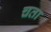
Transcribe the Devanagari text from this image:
चता